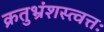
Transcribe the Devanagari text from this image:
क्रतुभ्रंशस्त्वत्तः